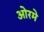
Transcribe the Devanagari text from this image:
ओरमे